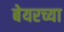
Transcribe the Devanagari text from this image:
बेयरच्या